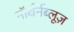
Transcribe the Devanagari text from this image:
नॉर्थर्नब्लूज़